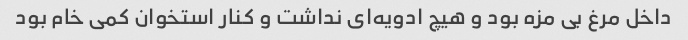
داخل مرغ بی مزه بود و هیچ ادویه‌ای نداشت و کنار استخوان کمی خام بود